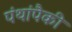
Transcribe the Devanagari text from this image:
पंथांपैकी